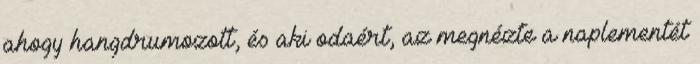
ahogy hangdrumozott, és aki odaért, az megnézte a naplementét